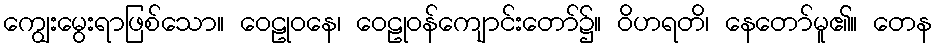
ကျွေးမွေးရာဖြစ်သော။ ဝေဠုဝနေ၊ ဝေဠုဝန်ကျောင်းတော်၌။ ဝိဟရတိ၊ နေတော်မူ၏။ တေန